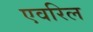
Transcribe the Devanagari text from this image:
एवरिल